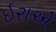
ઇરાએ